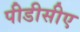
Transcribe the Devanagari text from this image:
पीडीसीए